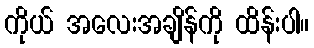
ကိုယ် အလေးအချိန်ကို ထိန်းပါ။